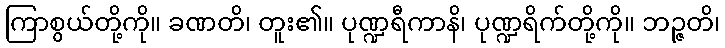
ကြာစွယ်တို့ကို။ ခဏတိ၊ တူး၏။ ပုဏ္ဍရီကာနိ၊ ပုဏ္ဍရိက်တို့ကို။ ဘဉ္ဇတိ၊